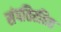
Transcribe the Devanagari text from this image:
संपतिरहित